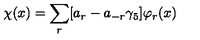
\chi ( x ) = \sum _ { r } [ a _ { r } - a _ { - r } \gamma _ { 5 } ] \varphi _ { r } ( x )